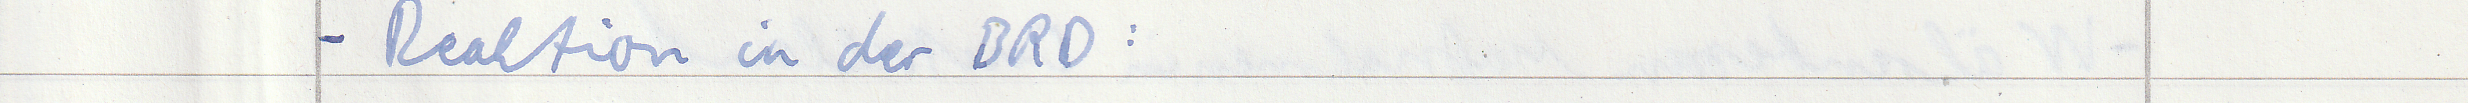
- Reaktion in der BRD :